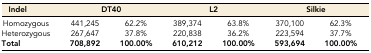
| Indel | <COLSPAN=2> DT40 | <COLSPAN=2> L2 | <COLSPAN=2> Silkie |
 | --- | --- | --- | --- | --- | --- | --- |
 | Homozygous | 441,245 | 62.2% | 389,374 | 63.8% | 370,100 | 62.3% |
 | Heterozygous | 267,647 | 37.8% | 220,838 | 36.2% | 223,594 | 37.7% |
 | Total | 708,892 | 100.00% | 610,212 | 100.00% | 593,694 | 100.00% |